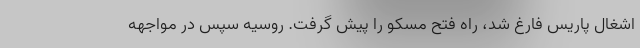
اشغال پاریس فارغ شد، راه فتح مسکو را پیش گرفت. روسیه سپس در مواجهه